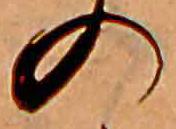
の